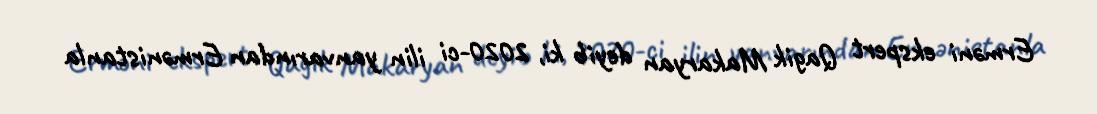
Erməni ekspert Qagik Makaryan deyib ki, 2020-ci ilin yanvarından Ermənistanla